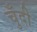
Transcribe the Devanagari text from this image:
चुँदी